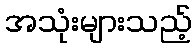
အသုံးများသည့်